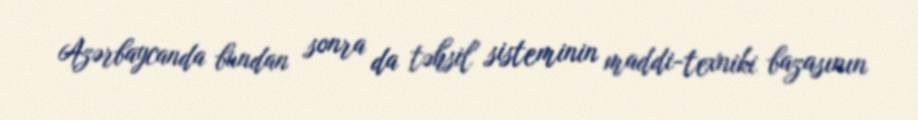
Azərbaycanda bundan sonra da təhsil sisteminin maddi-texniki bazasının